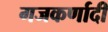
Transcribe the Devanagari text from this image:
गजकर्णादी